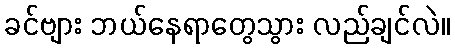
ခင်ဗျား ဘယ်နေရာတွေသွား လည်ချင်လဲ။